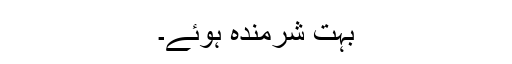
بہت شرمندہ ہوئے۔